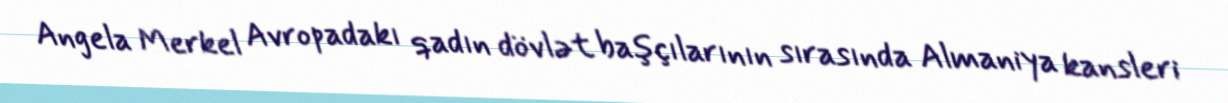
Angela Merkel Avropadakı qadın dövlət başçılarının sırasında Almaniya kansleri